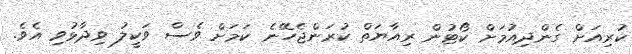
ކުރިއަށް ގެންދިއުމަށް ކޯޓުން ރިއާޔަތް ކުރަންޖެހޭނެ ކަމަށް ވެސް ވަކީލު ވިދާޅުވި އެވެ.